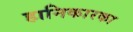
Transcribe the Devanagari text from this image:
हानिकारका